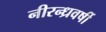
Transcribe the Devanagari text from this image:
नीरन्ध्रवर्षी